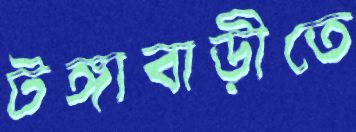
টঙ্গাবাড়ীতে